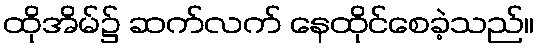
ထိုအိမ်၌ ဆက်လက် နေထိုင်စေခဲ့သည်။